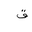
Letter: _qaf